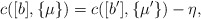
\begin{align*}c([b], \{\mu\})=c([b'], \{\mu'\})-\eta ,\end{align*}